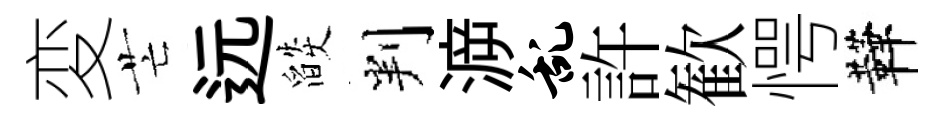
変芒远燄判㴑乱許歓愕鞾